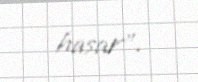
hasar".